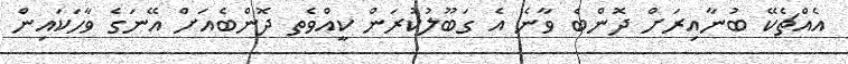
އެއްޗެކޭ ބުނާއިރަށް ދޮންބެ ވާނެ އެ ގަބޫލުކުރަން ކީއްވެތ ދޮންބެއަށް އޭނަގެ ވާހަކައިން